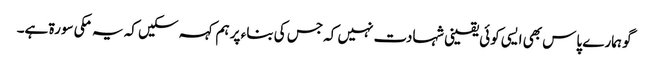
گو ہمارے پاس بھی ایسی کوئی یقینی شہادت نہیں کہ جس کی بناء پر ہم کہہ سکیں کہ یہ مکی سورۃ ہے۔